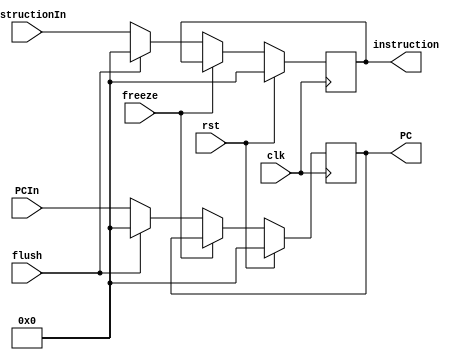
//.............. edit
module IF2ID (clk, rst, flush, freeze, PCIn, instructionIn, PC, instruction);
  input clk, rst, flush, freeze;
  input [31:0] PCIn, instructionIn;
  output reg [31:0] PC, instruction;

  always @ (posedge clk) begin
    if (rst) begin
      PC <= 32'd0;
      instruction <= 32'd0;
    end
    else begin
      if (~freeze) begin
        if (flush) begin
          instruction <= 32'd0;
          PC <= 32'd0;
        end
        else begin
          instruction <= instructionIn;
          PC <= PCIn;
        end
      end
    end
  end
endmodule // IF2ID